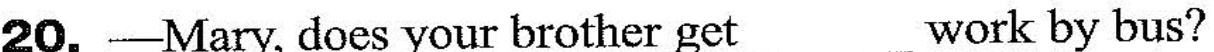
20. -Mary, does your brother get___work by bus?